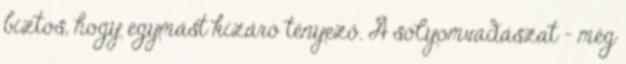
biztos, hogy egymást kizáró tényező. A sólyomvadászat – még